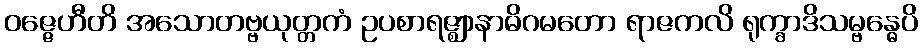
ဝဇ္ဇေဟီတိ အသောတဗ္ဗယုတ္တကံ ဥပစာရဇ္ဈာနာဓိဂမတော ရာဇကလိ ရုက္ခာဒိသမ္ဗန္ဓေပိ